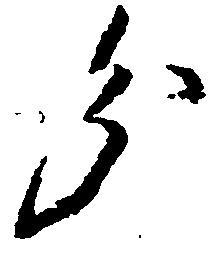
分